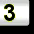
Digit: 3